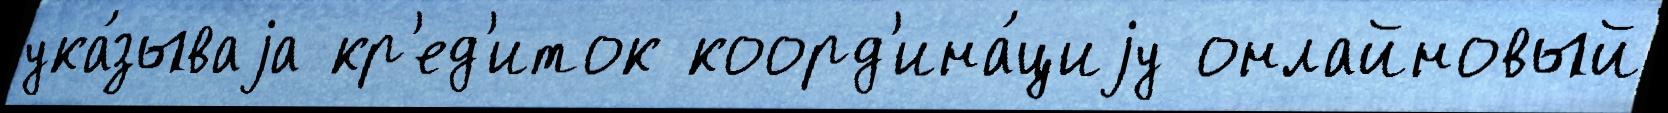
ука́зываjа кр'ед'иток коорд'ина́циjу онлайновый